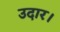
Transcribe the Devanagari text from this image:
उदार।